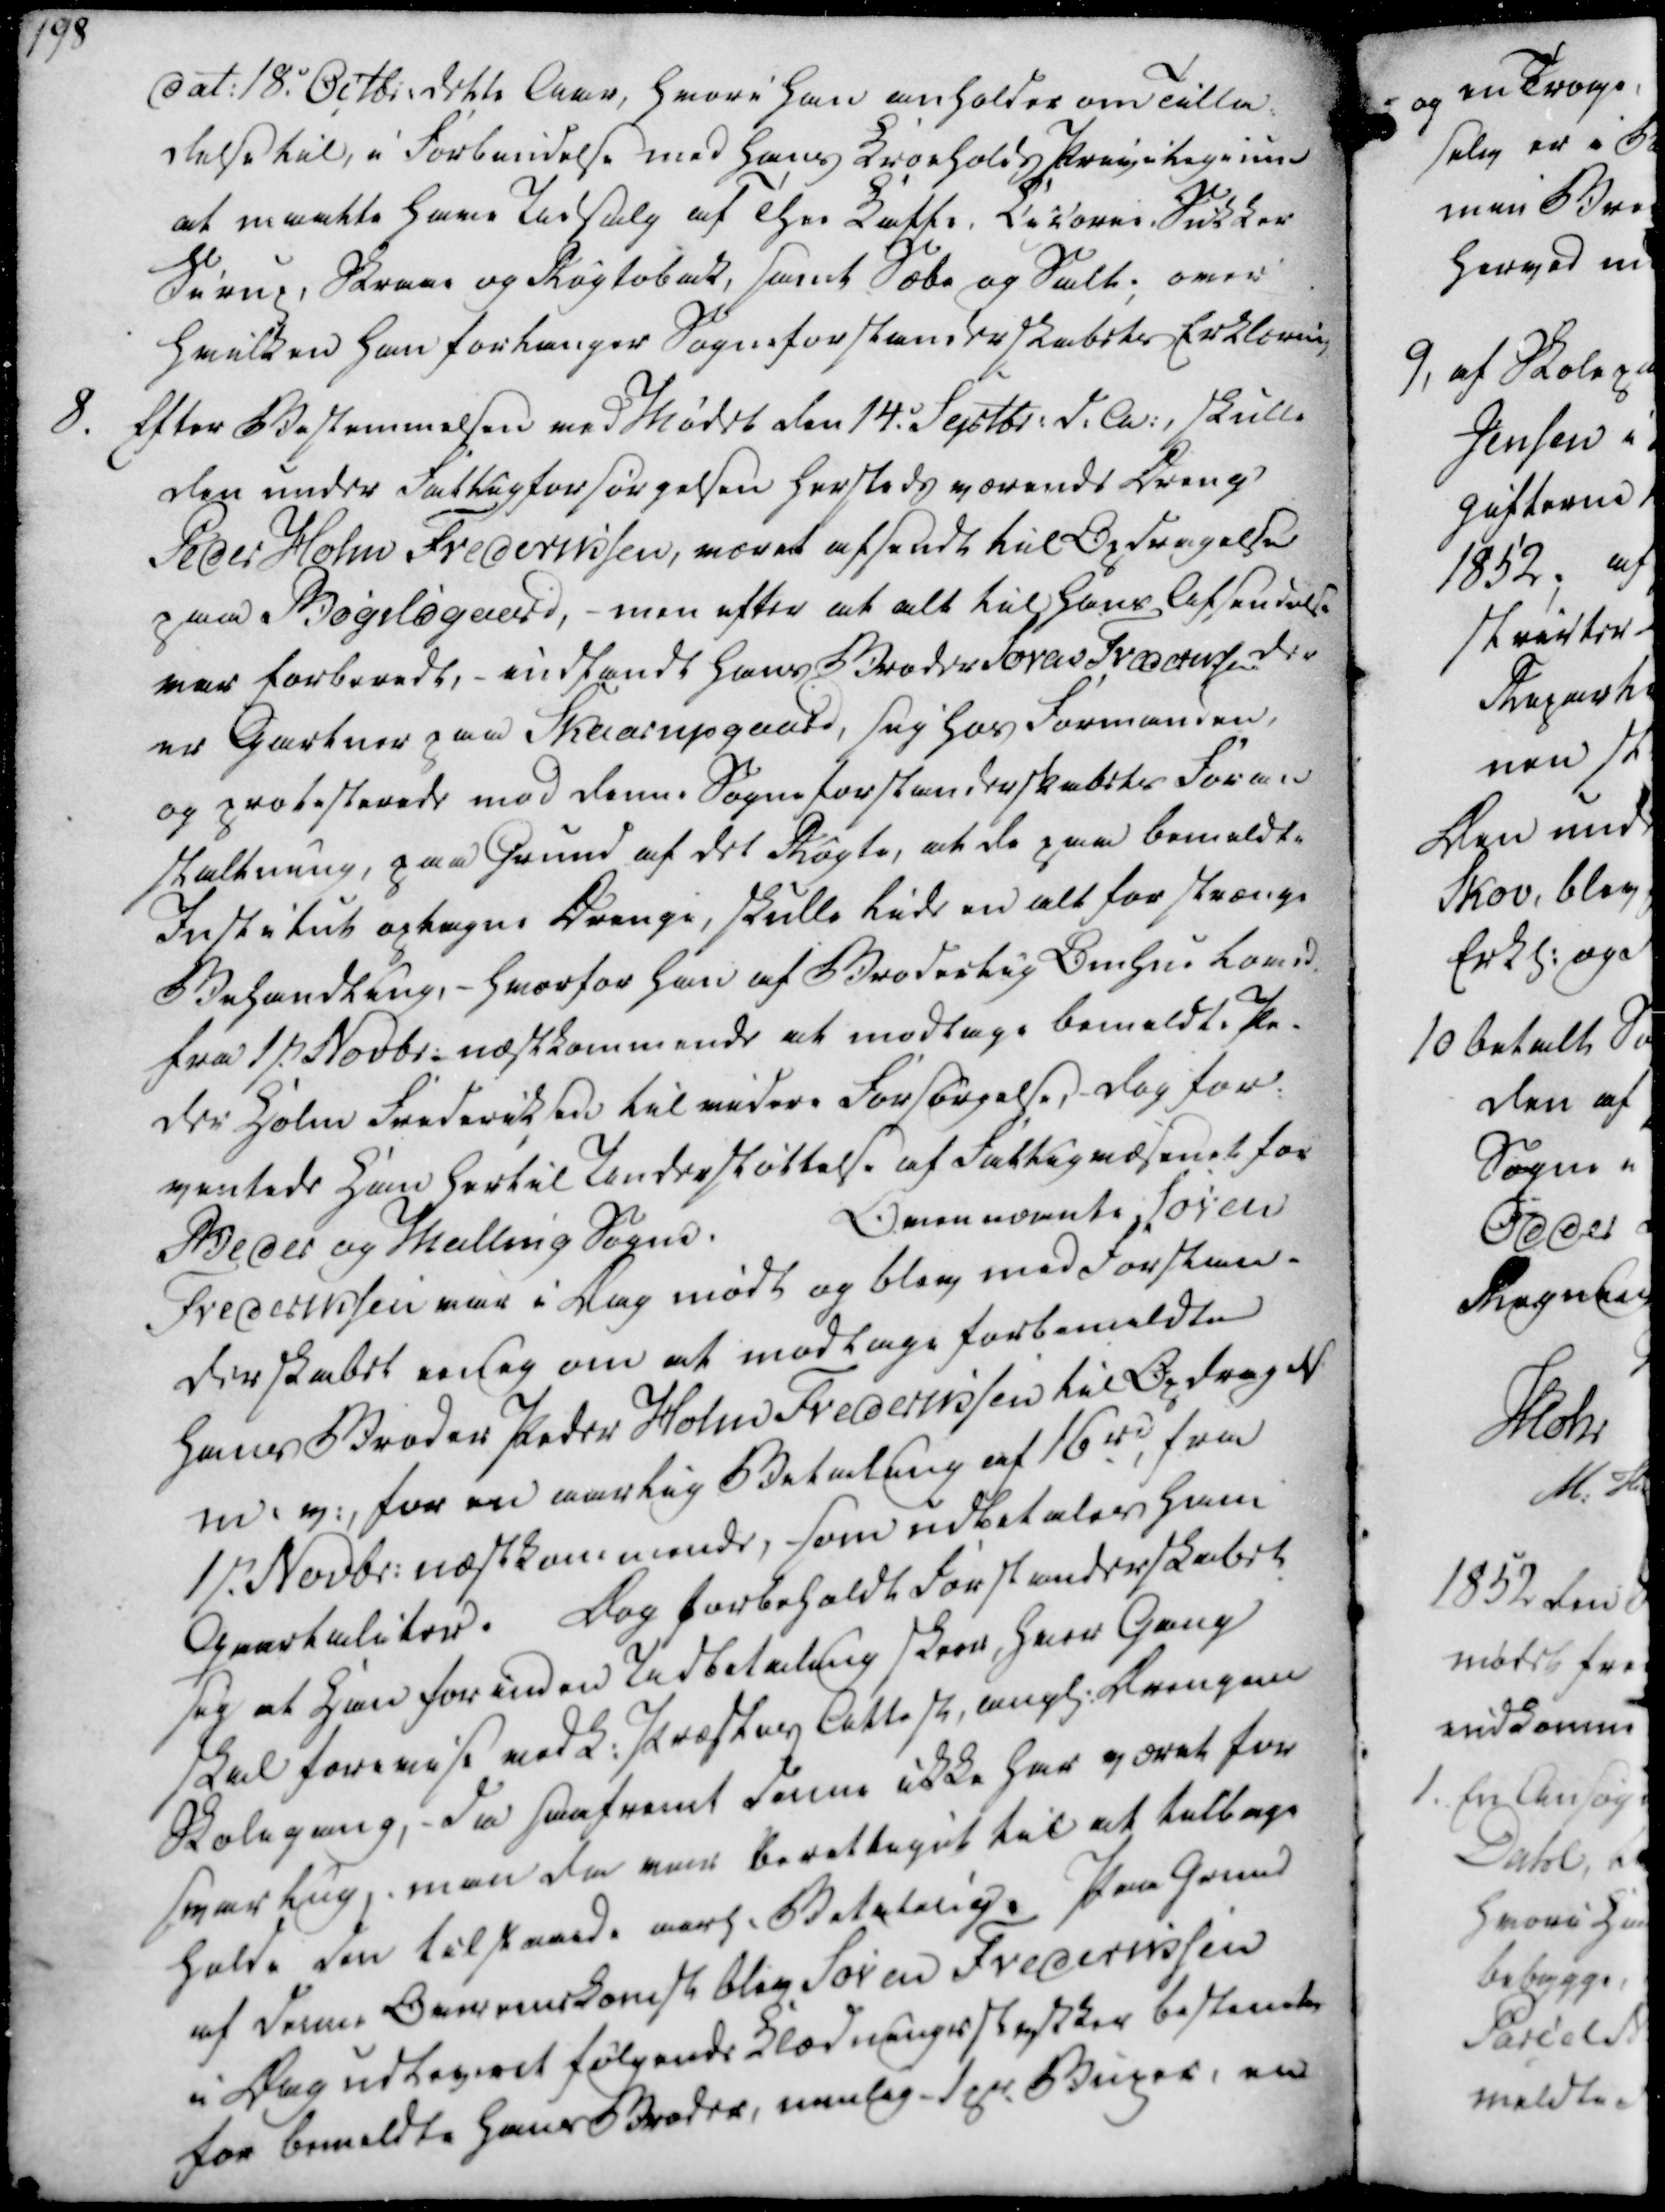
Transskription:
dat. 18. Octbr. dette Aar, hvori han anholder om Tilla-
delse til, i Forbindelse med hans Kroeholds Privilegium
at maatte have Udsalg af Thee Kaffe, Cicorie, Sukker
Sirup, Skraae og Røgtobak, samt Sæbe og Salt; over
hvilken han forlanger Sogneforstanderskabets Erklæring

8. Efter Bestemmelsen ved Mødet den 14. Septbr. d.A., skulle
den under Fattigforsørgelsen hersteds værende Dreng
Peder Holm Frederiksen, været afsendt til Opdragelse
paa Bøgildgaard, - men efter at alt til hans Afsendelse
var forberedt, - indfandt hans Broder Søren Frederiksen der
er Gartner paa Skaarupgaard, sig hos Formanden, 
og protesterede mod denne Sogneforstanderskabets Foran
staltning, paa Grund af det Røgte, at de paa bemeldte
Institut optagne Drenge, skulle lide en alt for stræng
Behandling, - hvorfor han af Broderlig Omhu loved
fra 1st Novbr. næstkommende at modtage bemeldte Pe-
der Holm Frederiksen til videre Forsørgelse, dog for-
ventede han hertil Understøttelse af Fattigvæsenet for
Beder og Malling Sogne.
Ovennævnte Søren
Frederiksen var i Dag mødt og blev med Forstan-
derskabet enig om at modtage forbemeldte
hans Broder Peder Holm Frederiksen til Opdragelse 
m. v. for en aarlig Betaling af 16 rd, fra
1st Novbr. næstkommende, som udbetales ham
Qvartaliter.
Dog forbeholdt Forstanderskabet
sig at Han forinden Udbetaling skrev, hver Gang
skal forevise vedk. Præstes Attest, angl. Drengen
Skolegang, - da saafremt denne ikke har været for
svarlig, man da var berettiget til at tilbage
holde den tilstaaede aarl. Betaling. Paa Grund
af denne Overeenskomst blev Søren Frederiksen
i Dag udleveret følgende Klædningsstykker bestemte
for bemeldte hans Broder, nemlig 1 pr. Buxer, en